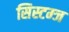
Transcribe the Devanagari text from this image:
सिस्टम्ज